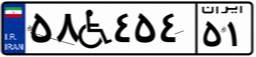
۵۸W۴۵۴۵۱